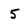
Character: 5